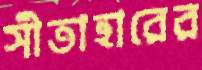
সীতাহারের